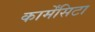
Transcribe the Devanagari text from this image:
कार्मेंसिटा